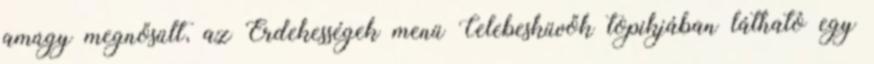
amúgy megnősült, az Érdekességek menü Celebesküvők topikjában látható egy